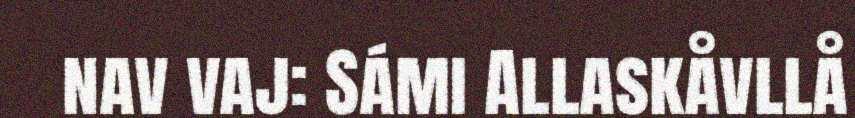
nav vaj: Sámi Allaskåvllå